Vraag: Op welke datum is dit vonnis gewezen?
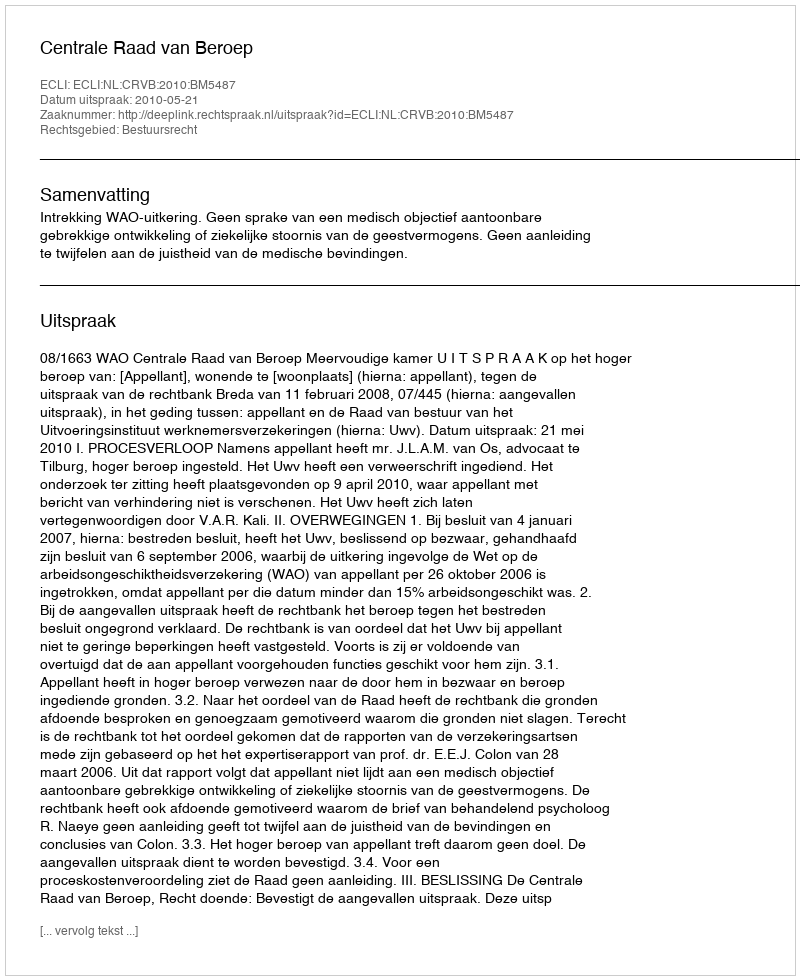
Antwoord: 2010-05-21